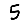
Digit: 5